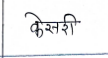
मजकूर: केसरी